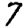
Digit: 7